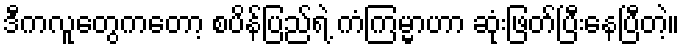
ဒီကလူတွေကတော့ စပိန်ပြည်ရဲ့ ကံကြမ္မာဟာ ဆုံးဖြတ်ပြီးနေပြီတဲ့။